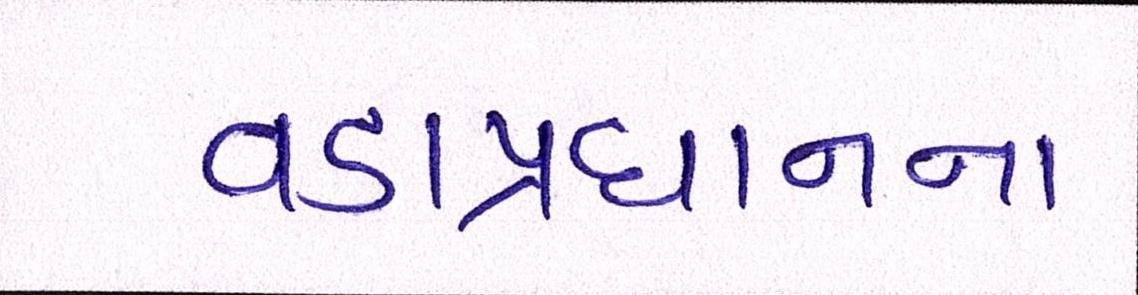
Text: વડાપ્રધાનના